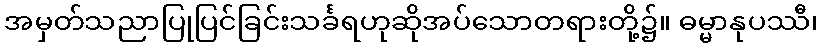
အမှတ်သညာပြုပြင်ခြင်းသင်္ခရဟုဆိုအပ်သောတရားတို့၌။ ဓမ္မာနုပဿီ၊